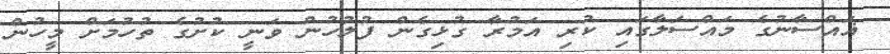
ޣައްސާނުގެ މައްސަލާގައި ކުރި އަމުރާ ގުޅިގެން ފުލުހުން ވަނީ ކުށުގެ ތުހުމަށް މީހުން